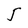
Character: J